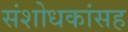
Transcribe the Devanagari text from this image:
संशोधकांसह